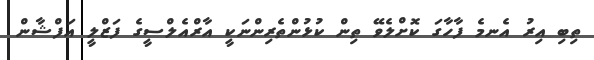
ތިބި އިރު އެނމެ ފާހާގަ ކޮށްލެވޭ ތިން ކުޅުންތެރިންނަކީ އާރްއެލްސީގެ ފަޒްލީ އަފްޝާން